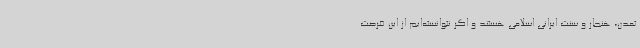
تمدن، هنجار و سنت ایرانی اسلامی هستند و اگر نتوانسته‌ایم از این فرصت